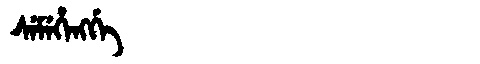
Manchu: ᠰᡝᠮᡝᡥᡝᠩᡤᡝ
Romanization: SEMEHENGGE